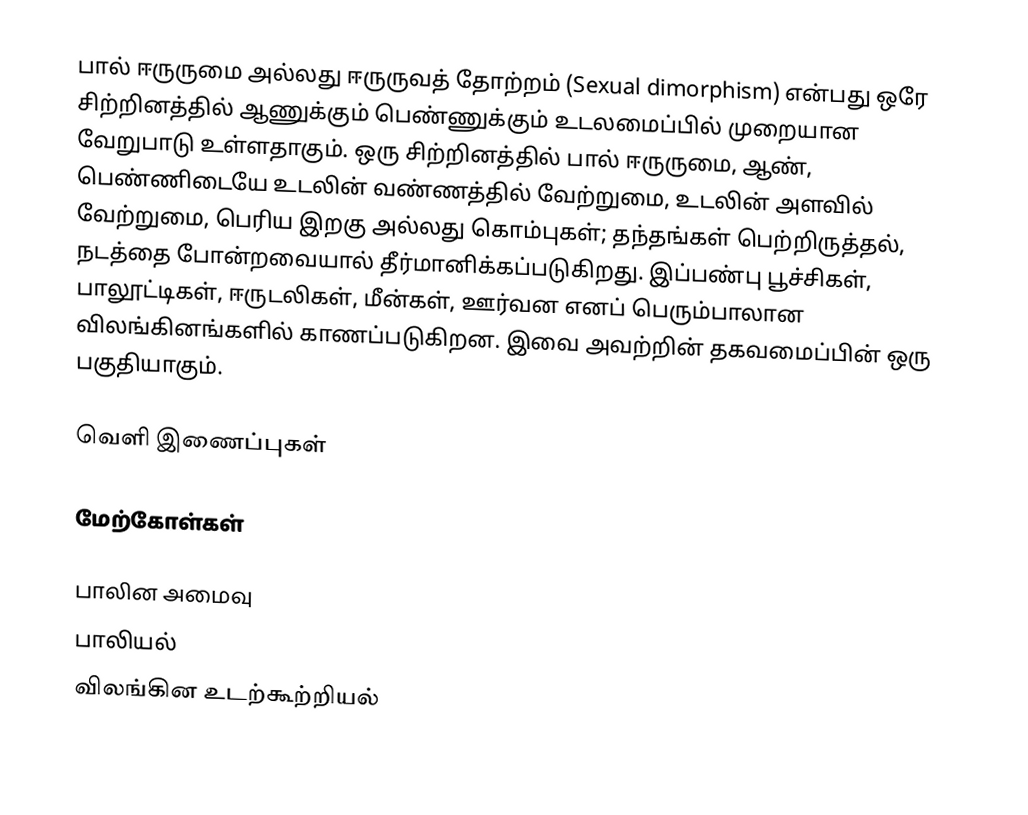
பால் ஈருருமை அல்லது ஈருருவத் தோற்றம் (Sexual dimorphism) என்பது ஒரே சிற்றினத்தில் ஆணுக்கும் பெண்ணுக்கும் உடலமைப்பில் முறையான வேறுபாடு உள்ளதாகும். ஒரு சிற்றினத்தில் பால் ஈருருமை, ஆண், பெண்ணிடையே உடலின் வண்ணத்தில் வேற்றுமை, உடலின் அளவில் வேற்றுமை, பெரிய இறகு அல்லது கொம்புகள்; தந்தங்கள் பெற்றிருத்தல், நடத்தை போன்றவையால் தீர்மானிக்கப்படுகிறது. இப்பண்பு பூச்சிகள், பாலூட்டிகள், ஈருடலிகள், மீன்கள், ஊர்வன எனப் பெரும்பாலான விலங்கினங்களில் காணப்படுகிறன. இவை அவற்றின் தகவமைப்பின் ஒரு பகுதியாகும்.

வெளி இணைப்புகள்

மேற்கோள்கள்

பாலின அமைவு
பாலியல்
விலங்கின உடற்கூற்றியல்